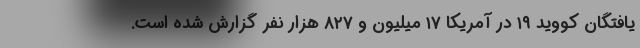
یافتگان کووید ۱۹ در آمریکا ۱۷ میلیون و ۸۲۷ هزار نفر گزارش شده است.